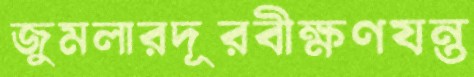
জুমলারদূরবীক্ষণযন্ত